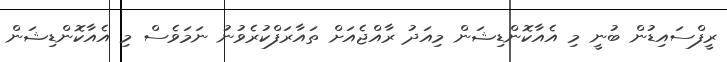
ރީފްސައިޑުން ބުނީ މި އެއާކޮންޑިޝަން މިއަދު ރާއްޖެއަށް ތައާރަފްކުރެވުނު ނަމަވެސް މި އެއާކޮންޑިޝަން